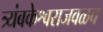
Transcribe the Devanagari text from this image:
त्र्यंबकेश्वराजवळच